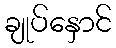
ချုပ်နှောင်